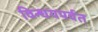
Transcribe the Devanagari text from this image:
विन्धयपर्वत